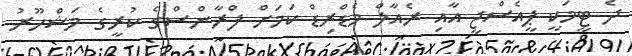
ދެ ޓީމަކީ ޕީއެސްޖީ އާއި ރެއާލް މެޑްރިޑް ކަމަށް ފްރާންސްގެ ކުރީގެ މަޝްހޫރު